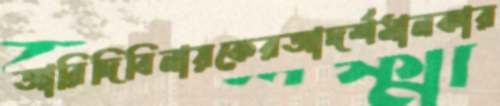
আরিদিবিনায়কেরআদর্শমানকার